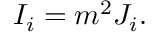
I _ { i } = m ^ { 2 } J _ { i } .